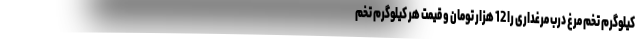
کیلوگرم تخم مرغ درب مرغداری را 12 هزار تومان و قیمت هر کیلوگرم تخم